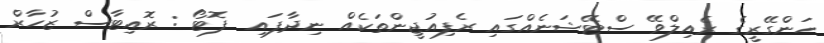
ހަންގޭރީގެ ރެއިލްވޭ ސްޓޭޝަނެއްގައި ރެފިއުޖީންތަކެއް ނިދާފައި  ފޮޓޯ : ރޮއިޓާސް ޒުހާރް